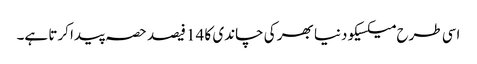
اسی طرح میکسیکو دنیا بھر کی چاندی کا 14 فیصد حصہ پیدا کرتا ہے۔